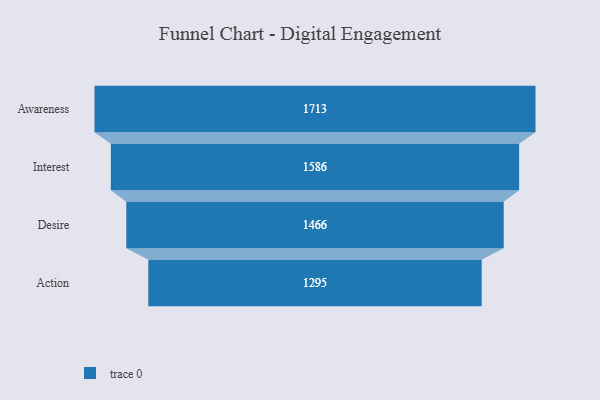
{"axis": {"x": "Stage", "y": "Value"}, "legend": [""], "data": [{"x": "Awareness", "y": 1713.0, "type": ""}, {"x": "Interest", "y": 1586.0, "type": ""}, {"x": "Desire", "y": 1466.0, "type": ""}, {"x": "Action", "y": 1295.0, "type": ""}]}